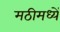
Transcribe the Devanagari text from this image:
मठीमध्यें